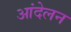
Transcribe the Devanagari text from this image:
आंदेलन